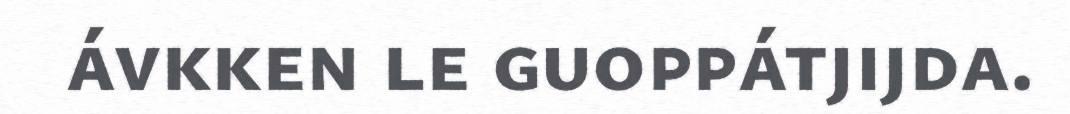
ávkken le guoppátjijda.